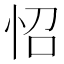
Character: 怊